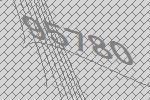
95780